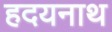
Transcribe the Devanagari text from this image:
हदयनाथ